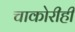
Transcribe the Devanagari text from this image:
चाकोरीही